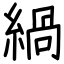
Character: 緺